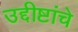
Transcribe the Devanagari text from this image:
उद्दीष्टांचे